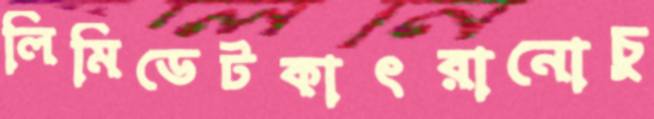
লিমিডেটকাৎরানোচু